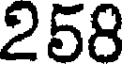
258